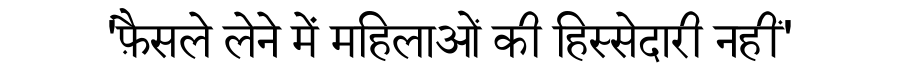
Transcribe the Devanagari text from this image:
'फ़ैसले लेने में महिलाओं की हिस्सेदारी नहीं'